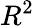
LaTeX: R^{2}